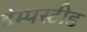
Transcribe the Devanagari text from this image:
हेम्पस्टीड